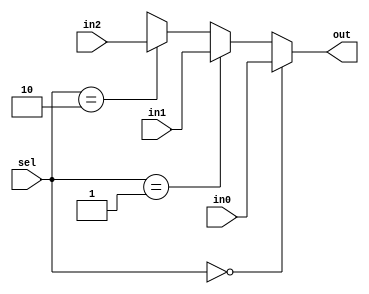
module mux_3to1_32bit(in0, in1, in2, sel, out);
	input [31:0] in0, in1, in2;
	input [1:0] sel;
	output [31:0] out;
	assign out = sel == 2'b00 ? in0 :
		    sel == 2'b01 ? in1 : 
		    sel == 2'b10 ? in2 : 32'bx;
endmodule